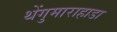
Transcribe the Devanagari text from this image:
थेंगुमाराहाडा